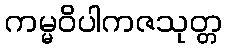
ကမ္မဝိပါကဇသုတ္တ